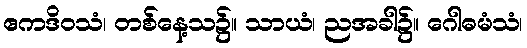
ဧကဒိဝသံ၊ တစ်နေ့သ၌။ သာယံ၊ ညအခါ၌။ ဂေါဓမံသံ၊